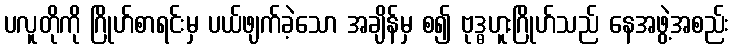
ပလူတိုကို ဂြိုဟ်စာရင်းမှ ပယ်ဖျက်ခဲ့သော အချိန်မှ စ၍ ဗုဒ္ဓဟူးဂြိုဟ်သည် နေအဖွဲ့အစည်း